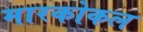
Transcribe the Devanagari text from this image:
मारकोकल